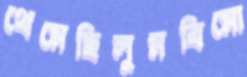
থেমেছিলুমবিমো